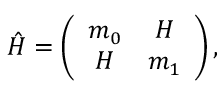
\hat { H } = \left( \begin{array} { c c } { { m _ { 0 } } } & { { H } } \\ { { H } } & { { m _ { 1 } } } \end{array} \right) ,